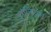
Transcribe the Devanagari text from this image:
इगनियस